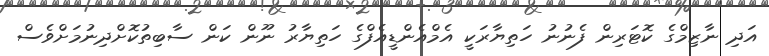
އަދި ނާޒިމްގެ ކޮޓަރިން ފެނުނު ހަތިޔާރަކީ އެމްއެންޑީއެފްގެ ހަތިޔާރު ނޫން ކަން ސާބިތުކޮށްދިނުމަށްވެސް